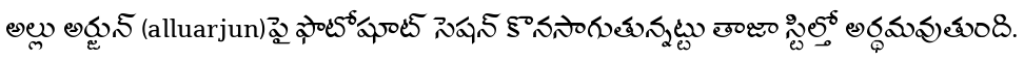
అల్లు అర్జున్ (alluarjun)పై ఫొటోషూట్ సెషన్ కొనసాగుతున్నట్టు తాజా స్టిల్తో అర్థమవుతుంది.